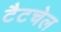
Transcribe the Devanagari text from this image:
टैटचेल